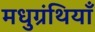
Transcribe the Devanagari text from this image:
मधुग्रंथियाँ